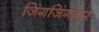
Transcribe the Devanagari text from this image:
जिंगजिंगबार